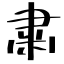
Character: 粛